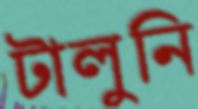
টালুনি